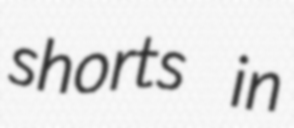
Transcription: shorts in